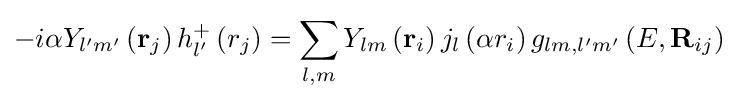
-i\alpha {Y_{l'm'}}\left({{\bf {r}}_{j}}\right)h_{l'}^{+}\left({r_{j}}\right)=\sum \limits _{l,m}{{Y_{lm}}\left({{\bf {r}}_{i}}\right){j_{l}}\left({\alpha {r_{i}}}\right){g_{lm,l'm'}}\left({E,{{\bf {R}}_{ij}}}\right)}